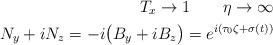
LaTeX: \begin{align*} T_{x}\rightarrow1\quad\quad\eta\rightarrow\infty\\ N_{y}+iN_{z} = -i\big(B_{y}+iB_{z}\big) = e^{i(\tau_{0}\zeta+\sigma(t))} \end{align*}